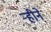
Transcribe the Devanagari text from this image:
ऱ्हीने